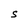
Character: S